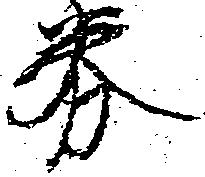
券